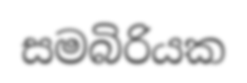
සමබිරියක